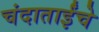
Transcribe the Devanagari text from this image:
चंदाताईंचे